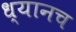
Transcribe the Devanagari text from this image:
ध्यानच